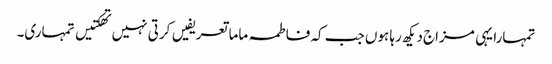
تمہارا یہی مزاج دیکھ رہا ہوں جب کہ فاطمہ ماما تعریفیں کرتی نہیں تھکتیں تمہاری۔